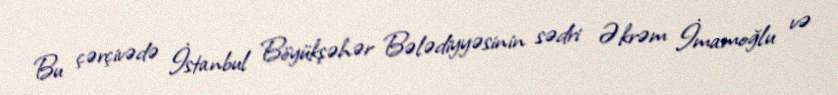
Bu çərçivədə İstanbul Böyükşəhər Bələdiyyəsinin sədri Əkrəm İmamoğlu və